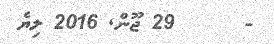
-      29 ޖޫން